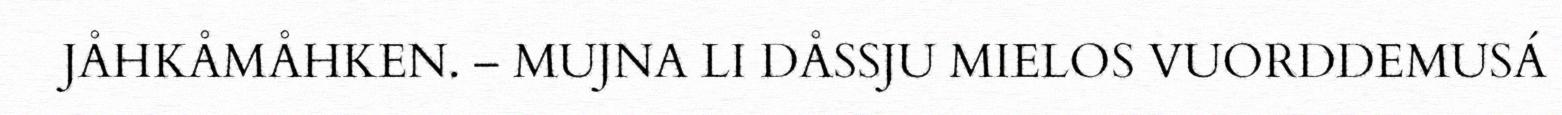
JÅHKÅMÅHKEN. – MUJNA LI DÅSSJU MIELOS VUORDDEMUSÁ